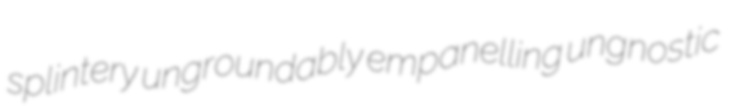
splintery ungroundably empanelling ungnostic